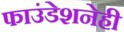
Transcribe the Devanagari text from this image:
फाउंडेशनेही